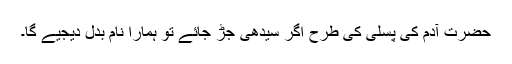
حضرتِ آدمؑ کی پسلی کی طرح اگر سیدھی جڑ جائے تو ہمارا نام بدل دیجیے گا۔